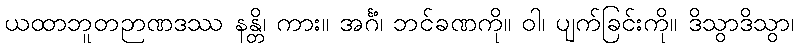
ယထာဘူတဉာဏဒဿ နန္တိ၊ ကား။ အင်္ဂံ၊ ဘင်ခဏကို။ ဝါ၊ ပျက်ခြင်းကို။ ဒိသွာဒိသွာ၊